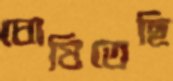
ঘোষিতেছি